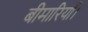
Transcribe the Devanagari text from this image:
बीमारियाँ।